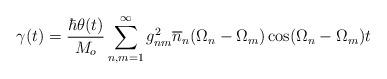
LaTeX: \begin{align*}\gamma(t) = \frac{\hbar \theta(t)}{M_o} \sum^\infty_{n,m=1}g^2_{nm} \overline{n}_n(\Omega_n - \Omega_m) \cos(\Omega_n - \Omega_m)t\end{align*}